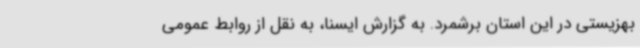
بهزیستی در این استان برشمرد. به گزارش ایسنا، به نقل از روابط عمومی